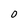
Character: O